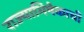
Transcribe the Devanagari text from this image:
राज्याभिषेकाची